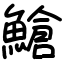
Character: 䱽